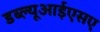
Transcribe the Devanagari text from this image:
डब्ल्यूआईएसए